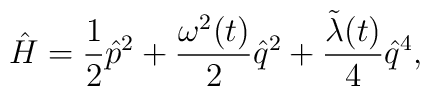
\hat{H} = \frac{1}{2}\hat{p}^2 + \frac{{\omega}^2 (t)}{2} \hat{q}^2+ \frac{\tilde{\lambda}(t)}{4} \hat{q}^4,